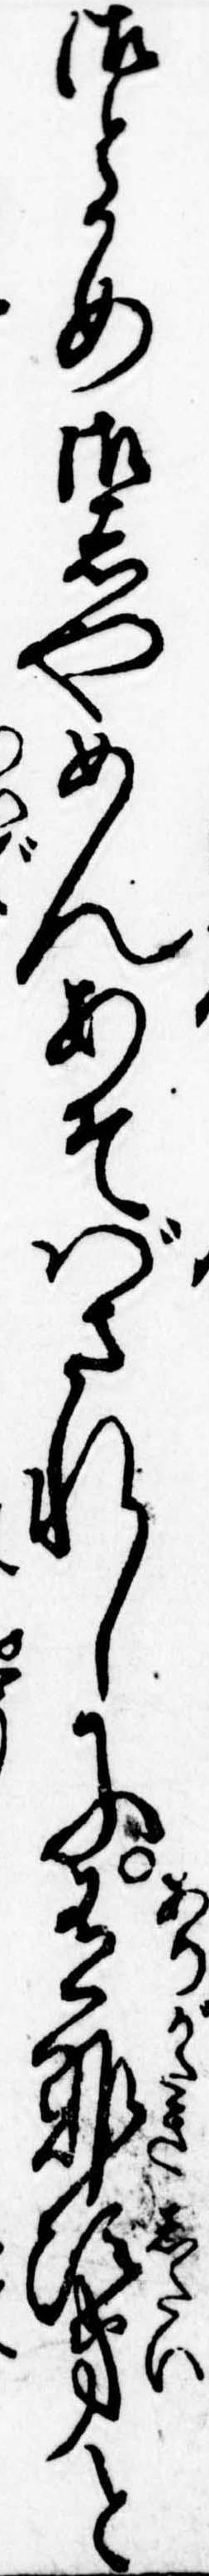
御とかめ御しやめんあそばされしに有難次第と